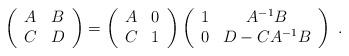
LaTeX: \begin{align*}\left( \begin{array}{cc} A & B \\ C & D \end{array}\right) =\left( \begin{array}{cc} A & 0 \\ C & 1 \end{array}\right)\left( \begin{array}{cc} 1 & A^{-1}B \\ 0 & D-CA^{-1}B \end{array}\right) ~.\end{align*}